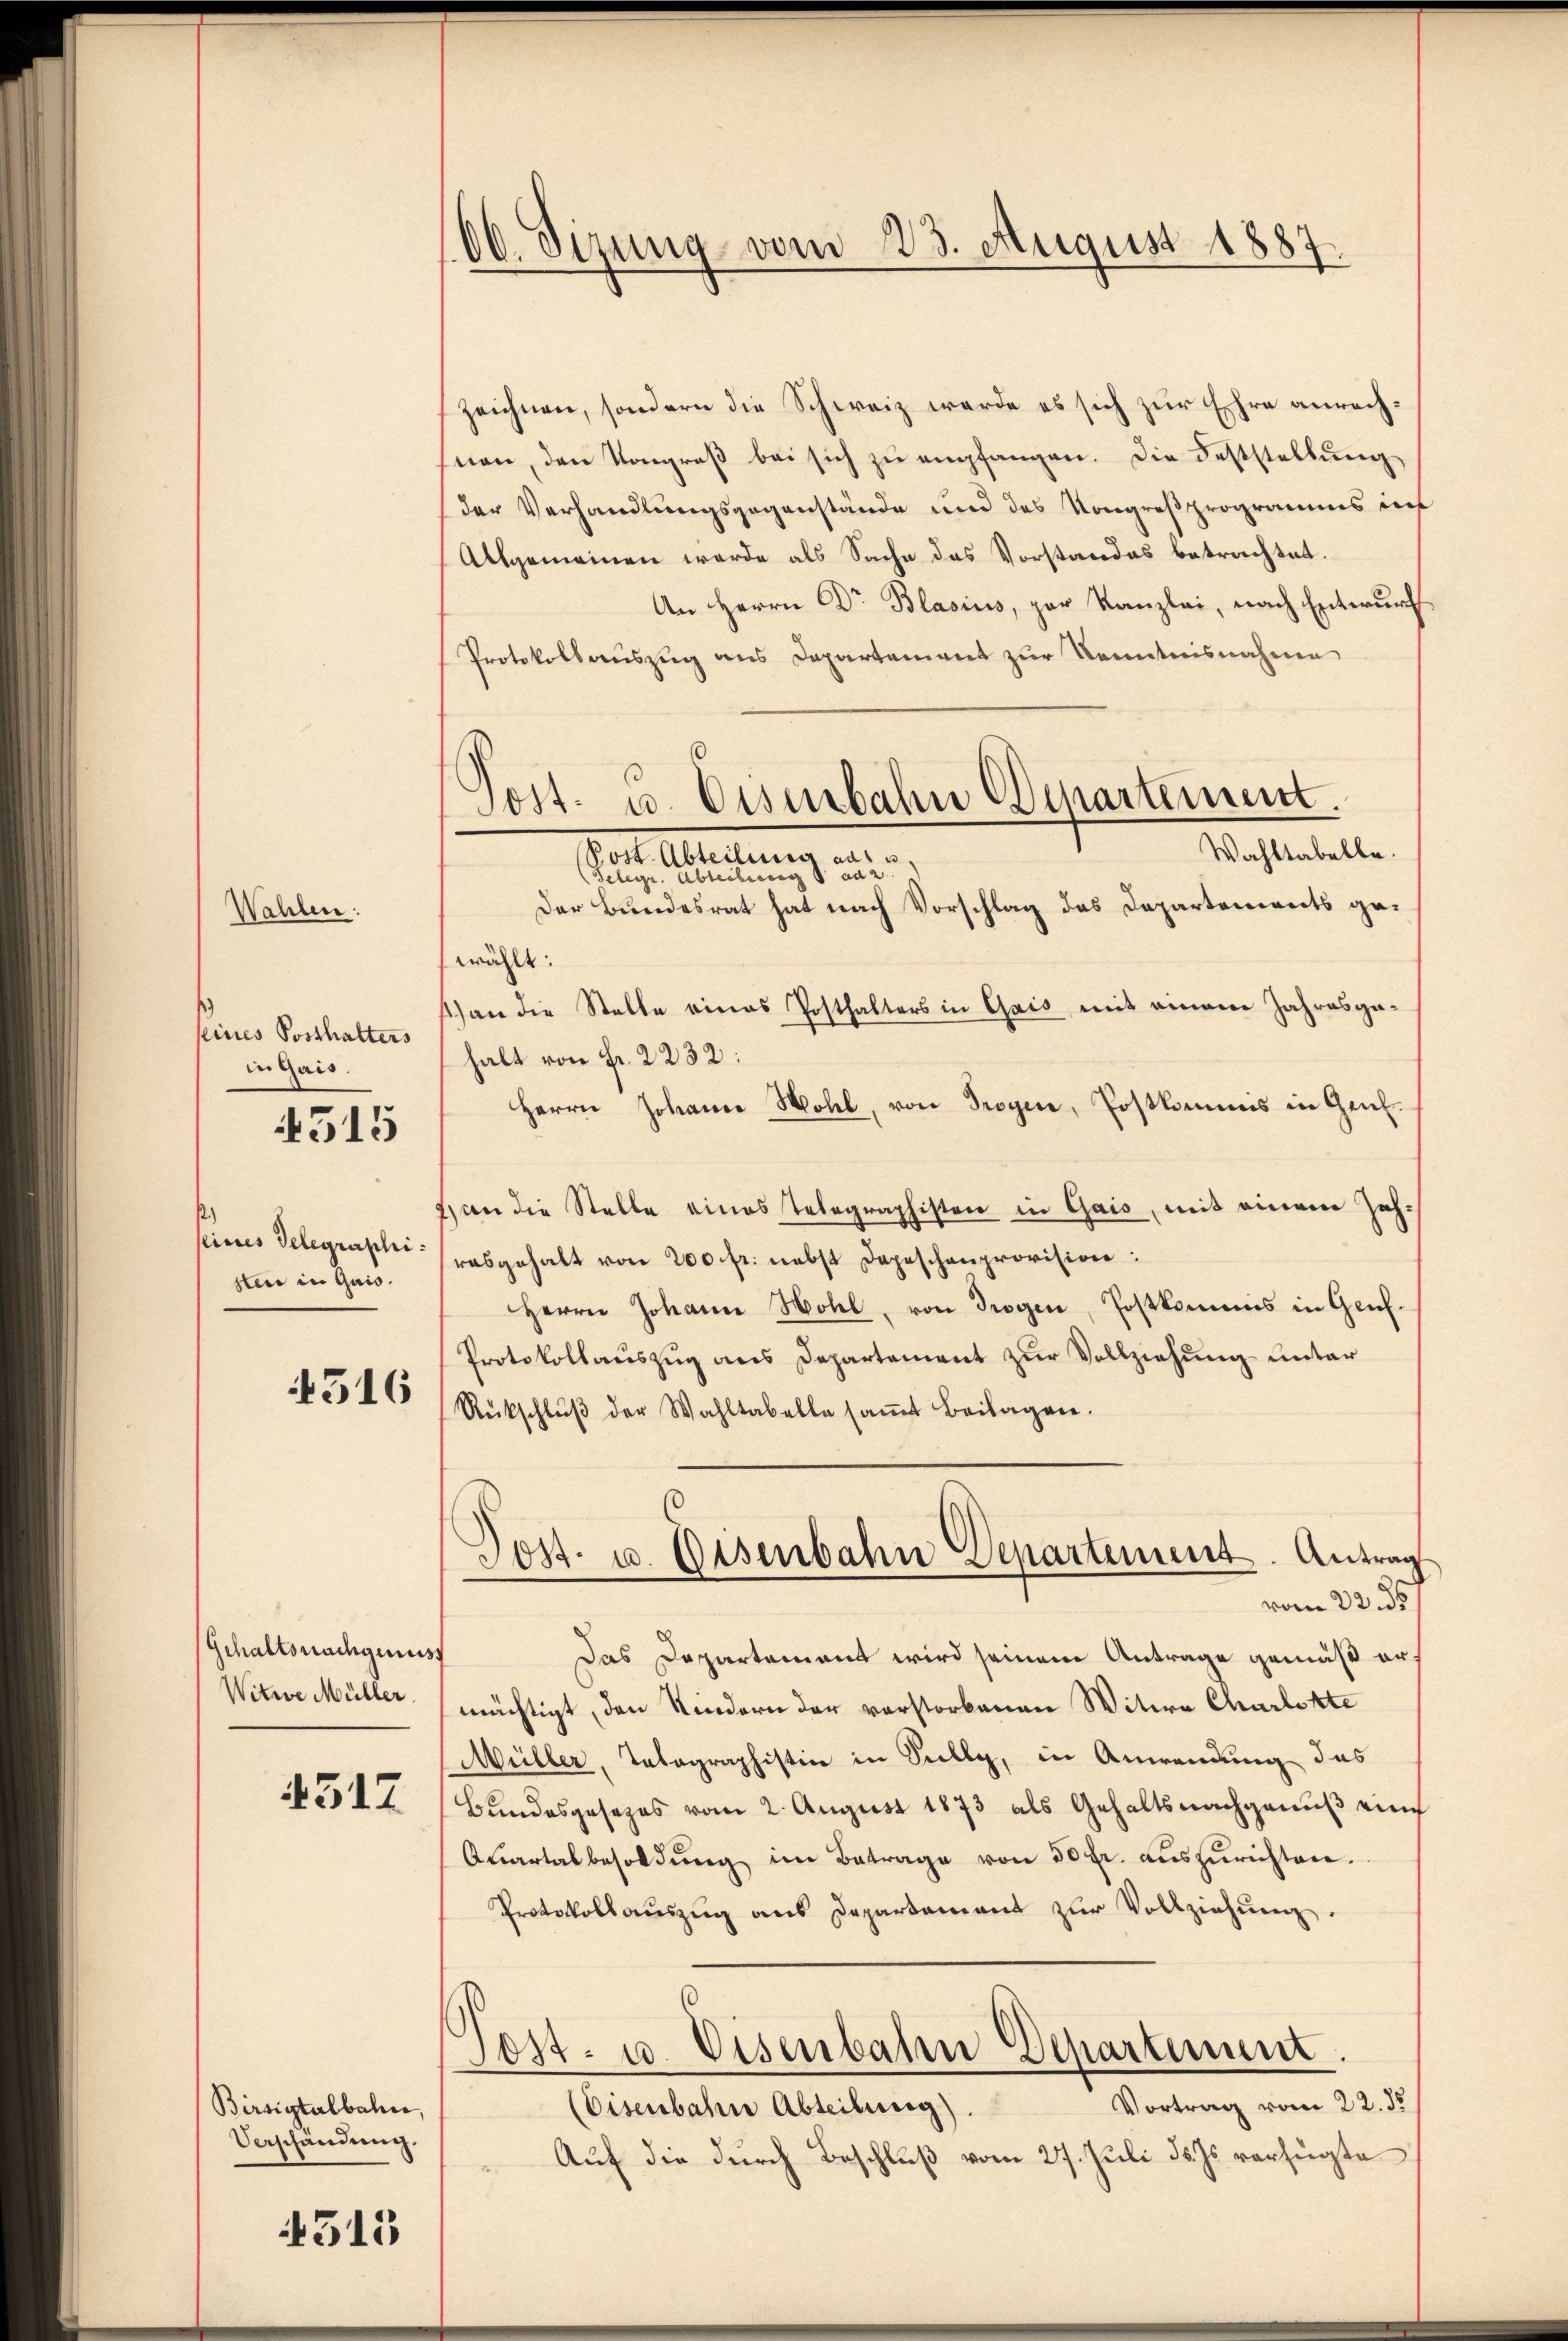
seines Posthalters
in Gais.

Wahlen:

4515

seines Gelegraphi
sten in Quis

516

Gehaltsnachgenuss
Witwe Müller.

4517

Birsigtalbahn,
Vorschändung.

4513

00. Sizung vom 23. August 1887.

zeichnen, sondern die Schweiz werde es sich zur Ehre anrechsnen, den Kongreß bei sich zu empfangen. Die Feststellung
der Verhandlungsgegenstände und des Kongreßprogramms inf
Allgemeinen werde als Sache das Vorstandes betrachtet.
An Herrn Dr Blasius, par Kanzlei, nach Entwurf
Protokollauszug aus Departement zur Kenntnisnahme
Post- u. Eisenbahn Departement.
Wahltabelbe.
Post. Abteilung aus u.
8
belege. Ableibung ad 2.
Der Bundesrat hat nach Vorschlag das Departements gewählt:
1) an die Stelle eines Posthalters in Gais, mit einem Jahresgehalt von Fr. 2232:
Herrn Johann Wohl, von Trogen, Postkommis in Genf.
2) an die Stelle eines Telegraphisten in Gais, mit einem Zehrabgehalt von 200 fr. nebst Depeschenprovision:
Herrn Johann Hohl, von Trogen, Postkommis in Genf¬
Protokollauszug aus Departement zur Vollziehung unter
Rückschlŭβ der Wahltabelle saṁt Beilagen.
Post- u. Disenbahn Departement. Antrag
vom 23. ds
Das Departement wird seinem Antrage gemäß ermächtigt, den Kindern der vorstorbenen Witwe Charlotte
Müller, Telegraphistin in Silly, in Anwendung des
Bundesgesezes vom 2. August 1873 als Gehaltsnachgenuß eine
Quartalbesoldŭng im Betrage von 50 fr. auszurichten.
Protokoll aŭszŭg ans Departement zŭr Vollziehŭng.
Post- u. Eisenbahr Departement.
Vortrag vom 22. ds.
(Eisenbahn Abteilung).
Auf die durch Beschluß vom 27. Juli d. Js. verfügte